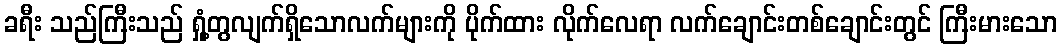
ခရီး သည်ကြီးသည် ရှုံ့တွလျက်ရှိသောလက်များကို ပိုက်ထား လိုက်လေရာ လက်ချောင်းတစ်ချောင်းတွင် ကြီးမားသော